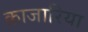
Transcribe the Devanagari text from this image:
क़ाजारिया